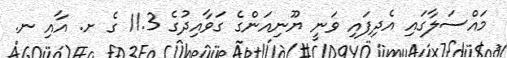
މައްސަލާގައި އެދިފައި ވަނީ ޔޫނިއަންގެ ގަވާއިދުގެ 11.3 ގެ ށ. އާއި ނ.